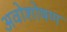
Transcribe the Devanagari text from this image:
अवोशोषण